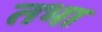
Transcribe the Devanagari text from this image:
तभा